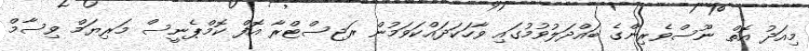
މިއަދު އޮތް ނޫސްވެރިންގެ ބައްދަލުވުމުގައި ވާހަކަދައްކަވަމުން ރަޖިސްޓްރާ އޮފް ކޮމްޕެނީސް މަރިޔަމް ވިސާމް